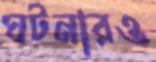
ঘটনারও